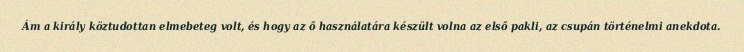
Ám a király köztudottan elmebeteg volt, és hogy az ő használatára készült volna az első pakli, az csupán történelmi anekdota.